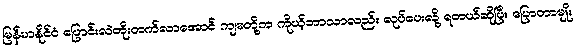
မြန်မာနိုင်ငံ ပြောင်းလဲတိုးတက်လာအောင် ကျမတို့က ကိုယ့်ဘာသာလည်း လုပ်ပေးလို့ ရတယ်ဆိုပြီး ပြောတာမျိုး